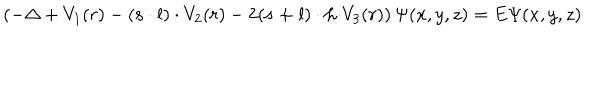
\left( - \Delta + V _ { 1 } ( r ) - \left( { \bf s \cdot l } \right) \cdot V _ { 2 } ( r ) - 2 ( { \bf s + l } ) \cdot { \bf h \cdot } V _ { 3 } ( r ) \right) \Psi ( x , y , z ) = E \Psi ( x , y , z )